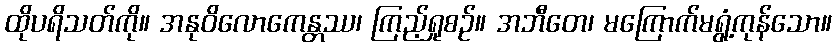
ထိုပရိသတ်ကို။ အနုဝိလောကေန္တဿ၊ ကြည့်ရှုစဉ်။ အဘီတေ၊ မကြောက်မရွံ့ကုန်သော။